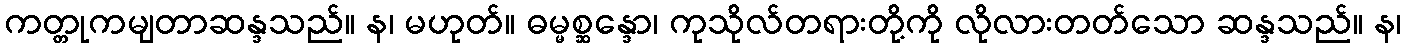
ကတ္တုကမျတာဆန္ဒသည်။ န၊ မဟုတ်။ ဓမ္မစ္ဆန္ဒော၊ ကုသိုလ်တရားတို့ကို လိုလားတတ်သော ဆန္ဒသည်။ န၊